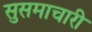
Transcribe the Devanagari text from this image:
सुसमाचारी